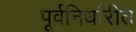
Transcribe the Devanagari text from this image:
पूर्वनिर्धारीत